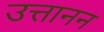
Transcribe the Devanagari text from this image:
उत्तानन